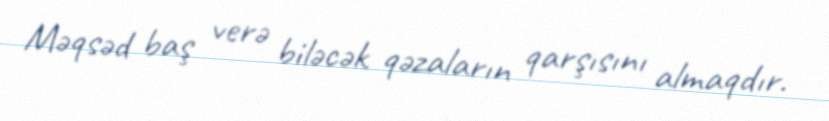
Məqsəd baş verə biləcək qəzaların qarşısını almaqdır.